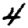
Digit: 4